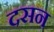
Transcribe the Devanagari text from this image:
दसन